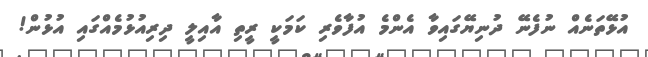
އުޅޭތަނެއް ނުފެނޭ ދުނިޔޭގައިވާ އެންމެ އުފާވެރި ކަމަކީ ރީތި އާއިލީ ދިރިއުޅުމެއްގައި އުޅުން!